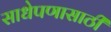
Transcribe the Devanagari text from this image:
साधेपणासाठी